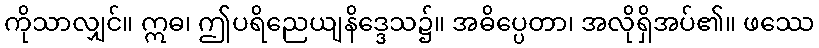
ကိုသာလျှင်။ ဣဓ၊ ဤပရိညေယျနိဒ္ဒေသ၌။ အဓိပ္ပေတာ၊ အလိုရှိအပ်၏။ ဖဿေ